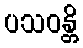
ပသဝန္တိ